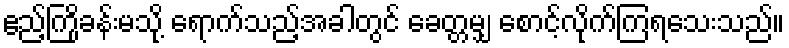
ဧည့်ကြိုခန်းမသို့ ရောက်သည့်အခါတွင် ခေတ္တမျှ စောင့်လိုက်ကြရသေးသည်။